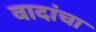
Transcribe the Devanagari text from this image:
वादांचा